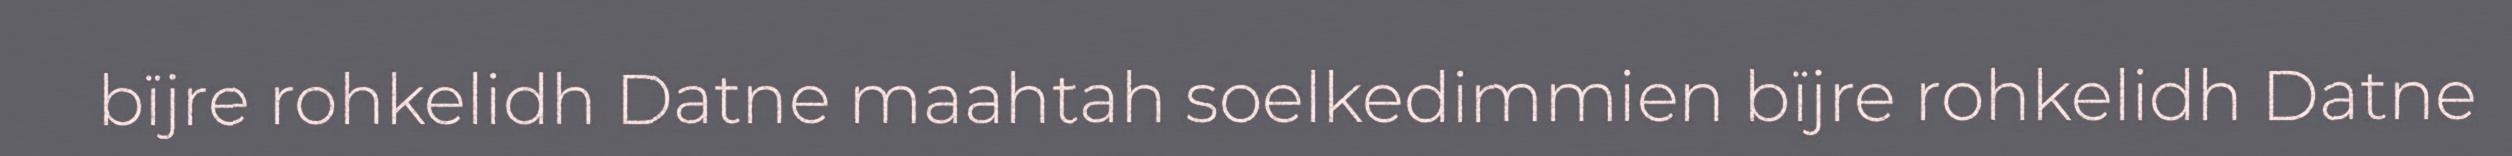
bïjre rohkelidh Datne maahtah soelkedimmien bïjre rohkelidh Datne